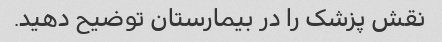
نقش پزشک را در بیمارستان توضیح دهید.